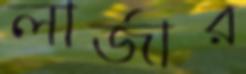
লার্জার